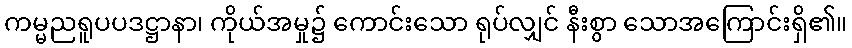
ကမ္မညရူပပဒဋ္ဌာနာ၊ ကိုယ်အမှု၌ ကောင်းသော ရုပ်လျှင် နီးစွာ သောအကြောင်းရှိ၏။